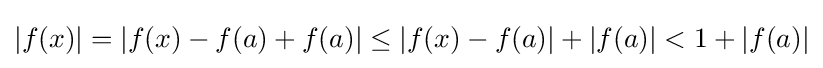
|f(x)|=|f(x)-f(a)+f(a)|\leq |f(x)-f(a)|+|f(a)|<1+|f(a)|